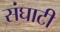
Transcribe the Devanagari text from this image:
संघाटी